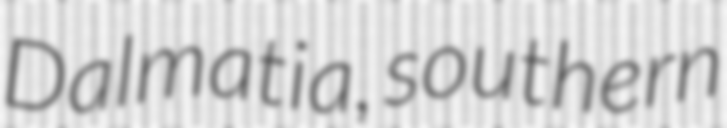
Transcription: Dalmatia, southern